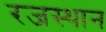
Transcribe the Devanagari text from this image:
रजस्थान